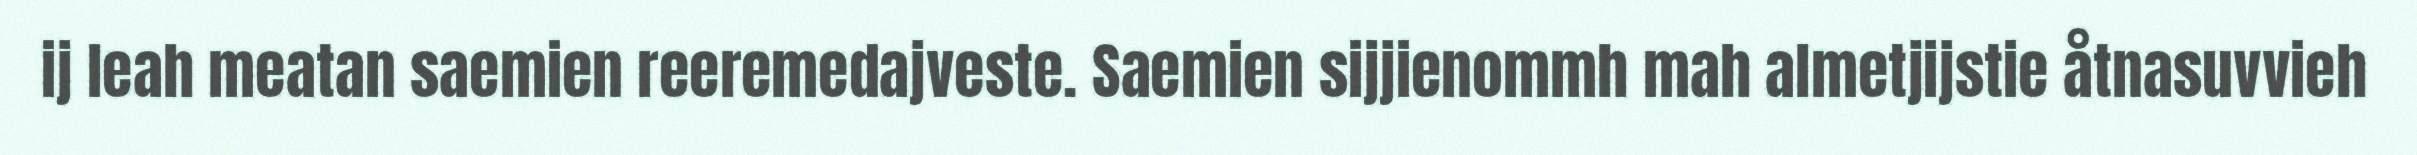
ij leah meatan saemien reeremedajveste. Saemien sijjienommh mah almetjijstie åtnasuvvieh